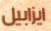
ايزابيل